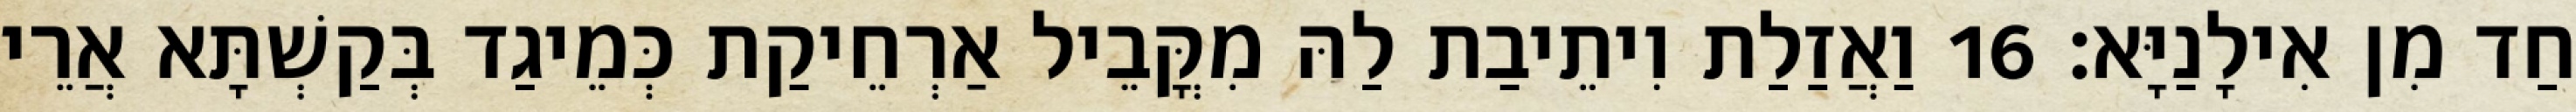
חַד מִן אִילָנַיָּא׃ 16 וַאֲזַלַת וִיתֵיבַת לַהּ מִקֳּבֵיל אַרְחֵיקַת כְּמֵיגַד בְּקַשְׁתָּא אֲרֵי